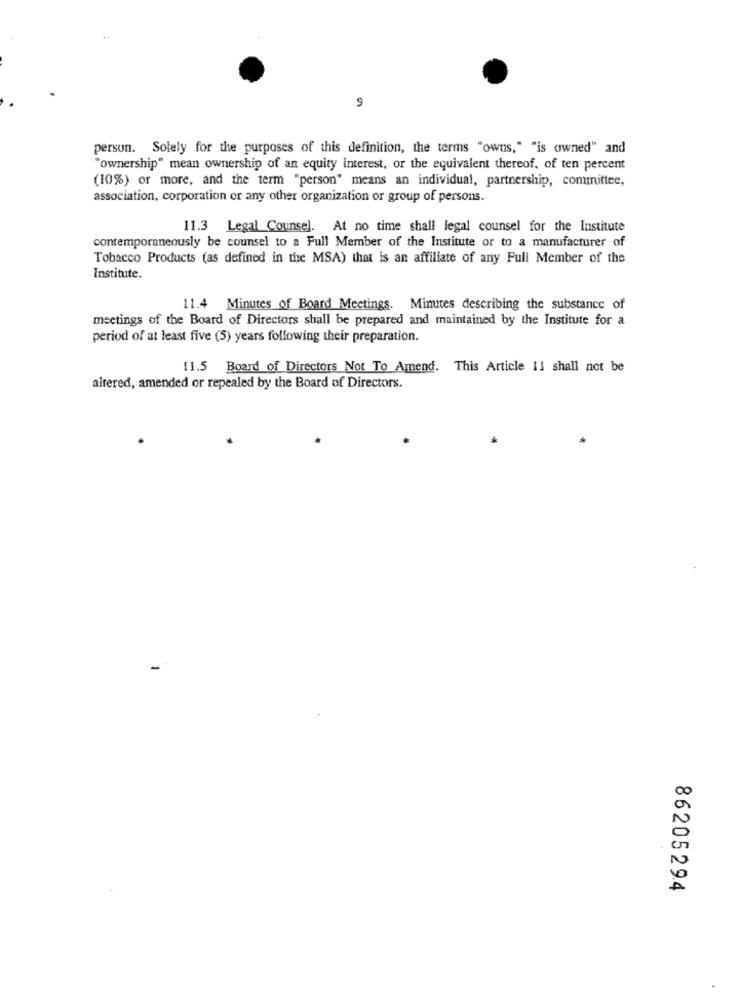
9
person. Solely for the purposes of this definition, the terms "owns," "is owned" and
"ownership" mean ownership of an equity interest, or the equivalent thereof, of ten percent
(10%) or more, and the term "person" means an individual, partnership, committee,
association, corporation or any other organization or group of persons.
11.3 Legal Counsel. At no time shall legal counsel for the Institute
contemporaneously be counsel to a Full Member of the Institute or to a manufacturer of
Tobacco Products (as defined in the MSA) that is an affiliate of any Full Member of the
Institute.
11.4 Minutes of Board Meetings. Minutes describing the substance of
meetings of the Board of Directors shall be prepared and maintained by the Institute for a
period of at least five (5) years following their preparation.
11.5 Board of Directors Not To Amend. This Article 11 shall not be
altered, amended or repealed by the Board of Directors.
86205294